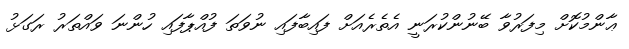
ޢާންމުކޮށް މިފަރުވާ ބޭނުންކުރަނީ އެތެރެއަށް ފައިބާފައި ނުވަތަ ފުއްޕާފައި ހުންނަ ވައްތަރު ރަގަޅު